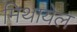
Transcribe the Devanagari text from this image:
मिथायेल